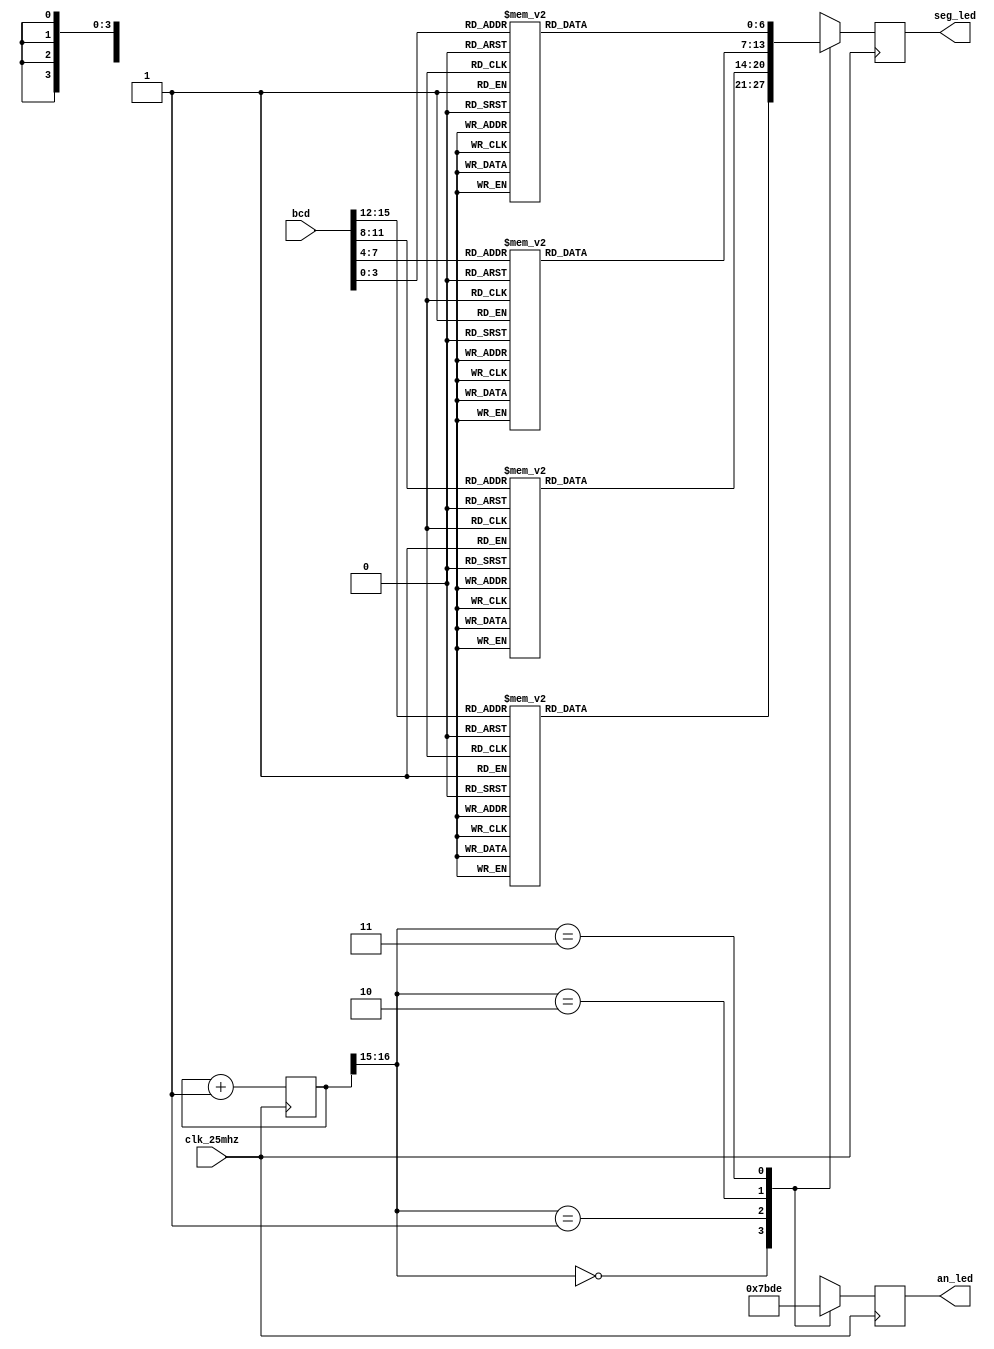
`timescale 1ns / 1ps

module seg7(
  input wire clk_25mhz,
  input wire [15:0] bcd,

  output reg [3:0] an_led,
  output reg [6:0] seg_led
);

  function [6:0] num_to_seg (
    input [3:0] num
  );
    case (num)
      4'h0: num_to_seg = 7'b1000000;
      4'h1: num_to_seg = 7'b1111001;
      4'h2: num_to_seg = 7'b0100100;
      4'h3: num_to_seg = 7'b0110000;
      4'h4: num_to_seg = 7'b0011001;
      4'h5: num_to_seg = 7'b0010010;
      4'h6: num_to_seg = 7'b0000010;
      4'h7: num_to_seg = 7'b1111000;
      4'h8: num_to_seg = 7'b0000000;
      4'h9: num_to_seg = 7'b0010000;
      4'ha: num_to_seg = 7'b0001000;
      4'hb: num_to_seg = 7'b0000011;
      4'hc: num_to_seg = 7'b1000110;
      4'hd: num_to_seg = 7'b0100001;
      4'he: num_to_seg = 7'b0000110;
      4'hf: num_to_seg = 7'b0001110;
    endcase
  endfunction

  reg [16:0] counter;
  wire [1:0] selector;

  // Switch each segment at frequency 25Mhz / 2^15 ~ 763Hz.
  assign selector = counter[16:15];

  always @ (posedge clk_25mhz) begin
    counter <= counter + 1;

    case (selector)
      2'b00: begin
        an_led <= 4'b0111;
        seg_led <= num_to_seg(bcd[15:12]);
      end
      2'b01: begin
        an_led <= 4'b1011;
        seg_led <= num_to_seg(bcd[11:8]);
      end
      2'b10: begin
        an_led <= 4'b1101;
        seg_led <= num_to_seg(bcd[7:4]);
      end
      2'b11: begin
        seg_led <= num_to_seg(bcd[3:0]);
        an_led <= 4'b1110;
      end
    endcase
  end
endmodule